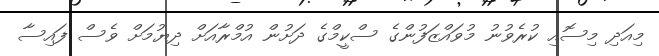
މިއަދި މިސޮއި ކުރެވުނު މުވައްޒަފުންގެ ސްކީމްގެ ދަށުން އުމްރާއަށް ދިޔުމަށް ވެސް ފައިސާ